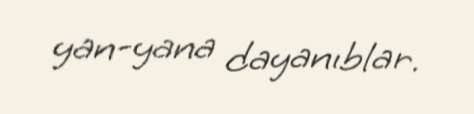
yan-yana dayanıblar.